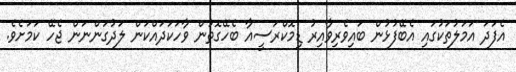
އެފަދަ އަމަލުތަކުގައި އެބޭފުޅުން ބައިވެރިވާއިރު ޑިމޮކްރަސީއާ ބެހޭގޮތުން ވާހަކަދައްކަން ލަދުގަންނަން ޖެހޭ ކަމަށެވެ.